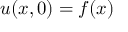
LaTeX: u ( x , 0 ) = f ( x )